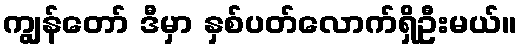
ကျွန်တော် ဒီမှာ နှစ်ပတ်လောက်ရှိဦးမယ်။